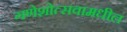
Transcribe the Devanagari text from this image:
गणेशोत्सवामधील